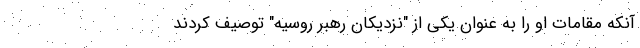
آنکه مقامات او را به عنوان یکی از "نزدیکان رهبر روسیه" توصیف کردند